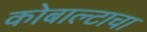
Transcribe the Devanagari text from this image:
कोबाल्टाचा